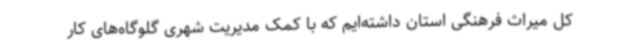
کل میراث فرهنگی استان داشته‌ایم که با کمک مدیریت شهری گلوگاه‌های کار